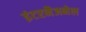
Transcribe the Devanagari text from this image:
इंटरनैजनेल